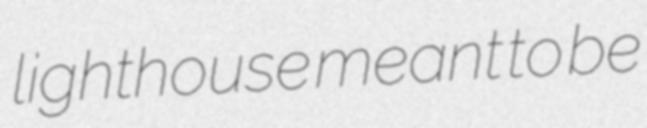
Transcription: lighthouse meant to be